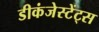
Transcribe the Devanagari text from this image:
डीकंजेस्टेंट्स